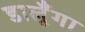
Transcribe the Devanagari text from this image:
डालूँगा